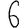
Digit: 6